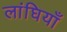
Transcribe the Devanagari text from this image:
लांघियाँ